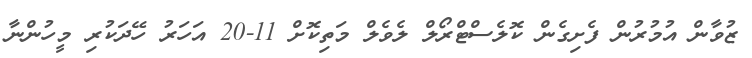
ޒުވާން އުމުރުން ފެށިގެން ކޮލެސްޓްރޯލް ލެވެލް މަތިކޮށް 11-20 އަހަރު ހޭދަކުރި މީހުންނާ